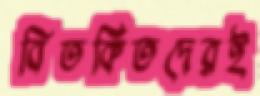
বিতর্কিতদেরই